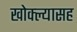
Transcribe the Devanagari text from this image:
खोक्ल्यासह